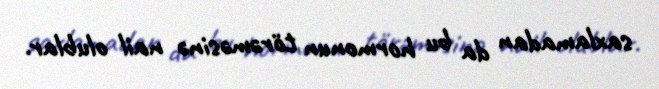
saxlamadan da bu hormonun törəməsinə nail olublar.